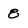
Character: 8